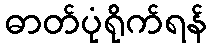
ဓာတ်ပုံရိုက်ရန်